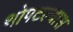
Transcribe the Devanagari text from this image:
थोपटल्यास